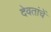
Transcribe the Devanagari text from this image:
देवतांचें